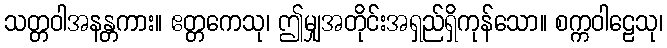
သတ္တဝါအနန္တကား။ ဧတ္တကေသု၊ ဤမျှအတိုင်းအရှည်ရှိကုန်သော။ စက္ကဝါဠေသု၊